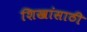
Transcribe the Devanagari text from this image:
शिखांसाठी